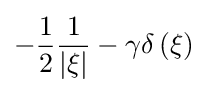
-{\frac {1}{2}}{\frac {1}{\left|\xi \right|}}-\gamma \delta \left(\xi \right)